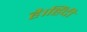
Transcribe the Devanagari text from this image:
है।हिंदी